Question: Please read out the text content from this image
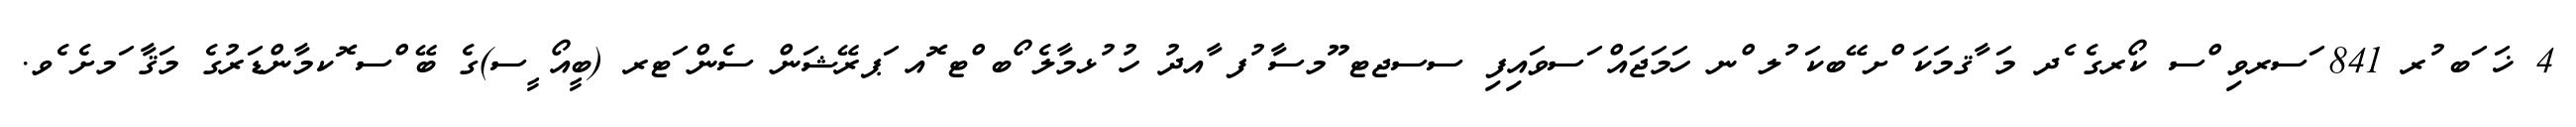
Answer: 4 ޚަ ަބ ުރ 841 ަސރވި ްސ ކޯރގެ ެދ މަ ާޤމަކަ ްށ ޭބކަ ުލ ްނ ހަމަޖައް ަސވައިފި ސސޖޓ ޫމސާ ުފ ާއދު ހު ުޅމާލެ ޯބ ްޓ ޮއ ަޕރޭޝަން ސެން ަޓރ (ބީއޯ ީސ)ގެ ބޭ ްސ ޮކމާންޑަރުގެ މަޤާ ަމށެ ެވ.